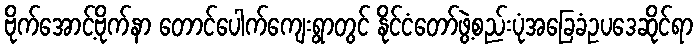
ဗိုက်အောင့်ဗိုက်နာ တောင်ပေါက်ကျေးရွာတွင် နိုင်ငံတော်ဖွဲ့စည်းပုံအခြေခံဥပဒေဆိုင်ရာ